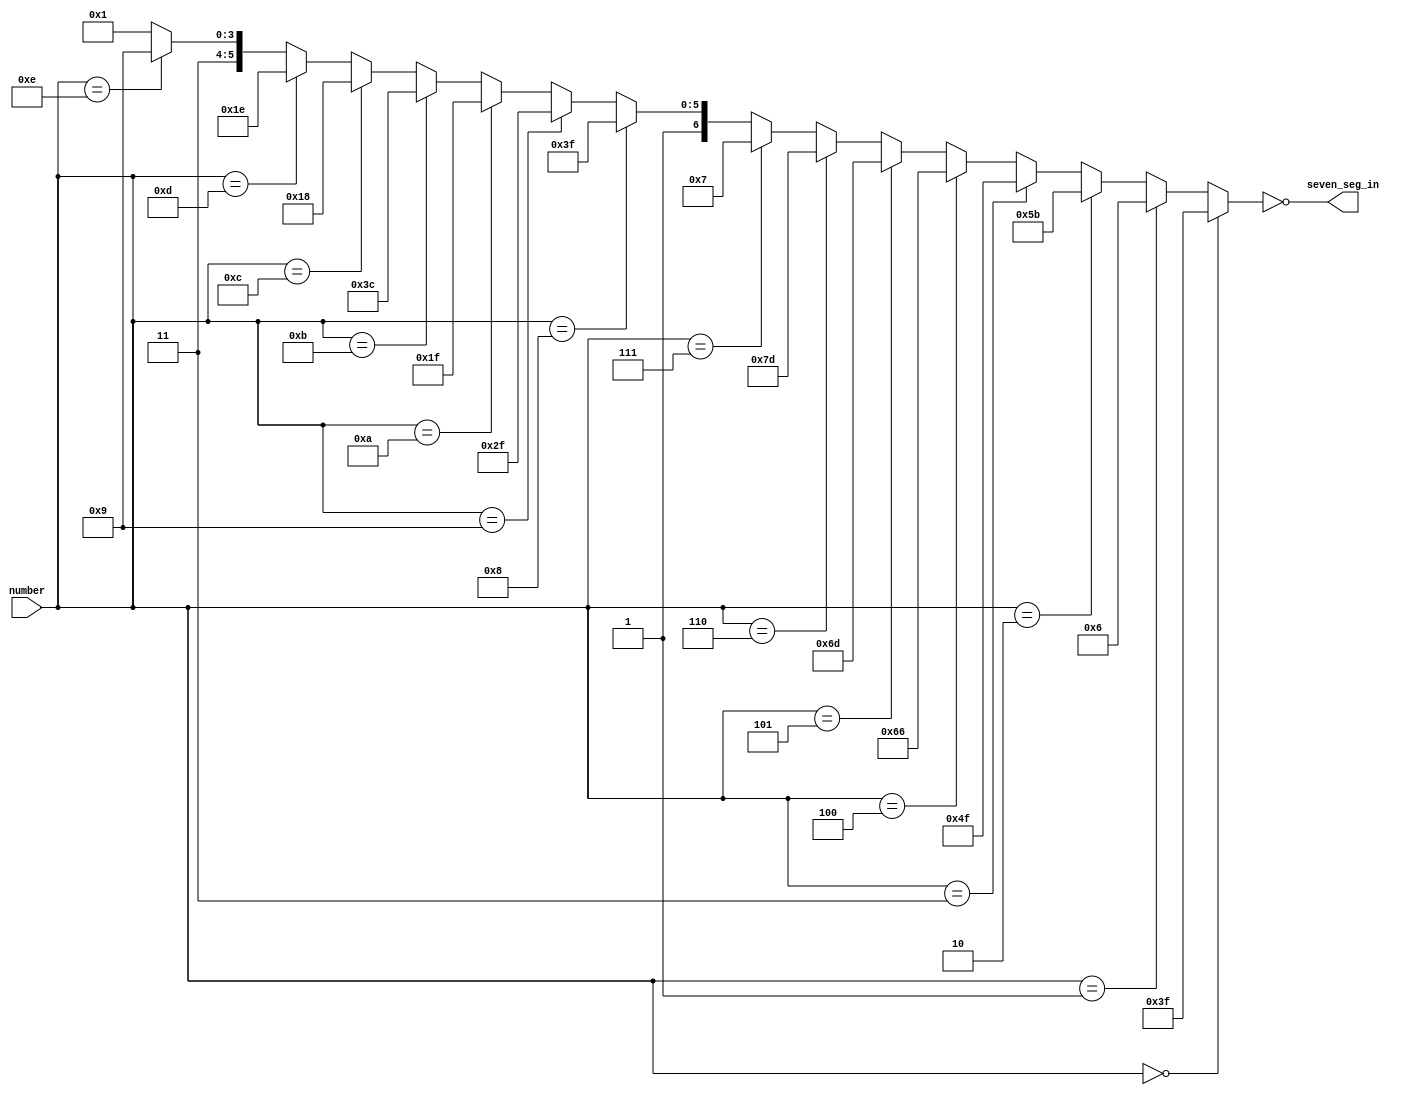
module seven_seg(input[3:0] number, output[6:0] seven_seg_in);
 assign seven_seg_in = ~((number == 4'd0) ? 7'h3F:
     (number == 4'd1) ? 7'h06 :
     (number == 4'd2) ? 7'h5B :
     (number == 4'd3) ? 7'h4F :
     (number == 4'd4) ? 7'h66 :
     (number == 4'd5) ? 7'h6D :
     (number == 4'd6) ? 7'h7D :
     (number == 4'd7) ? 7'h07 :
     (number == 4'd8) ? 7'h7F :
     (number == 4'd9) ? 7'h6F :
     (number == 4'd10) ? 7'h5F:
     (number == 4'd11) ? 7'h7C:
     (number == 4'd12) ? 7'h58:
     (number == 4'd13) ? 7'h5E:
     (number == 4'd14) ? 7'h79:
     7'h71);
endmodule